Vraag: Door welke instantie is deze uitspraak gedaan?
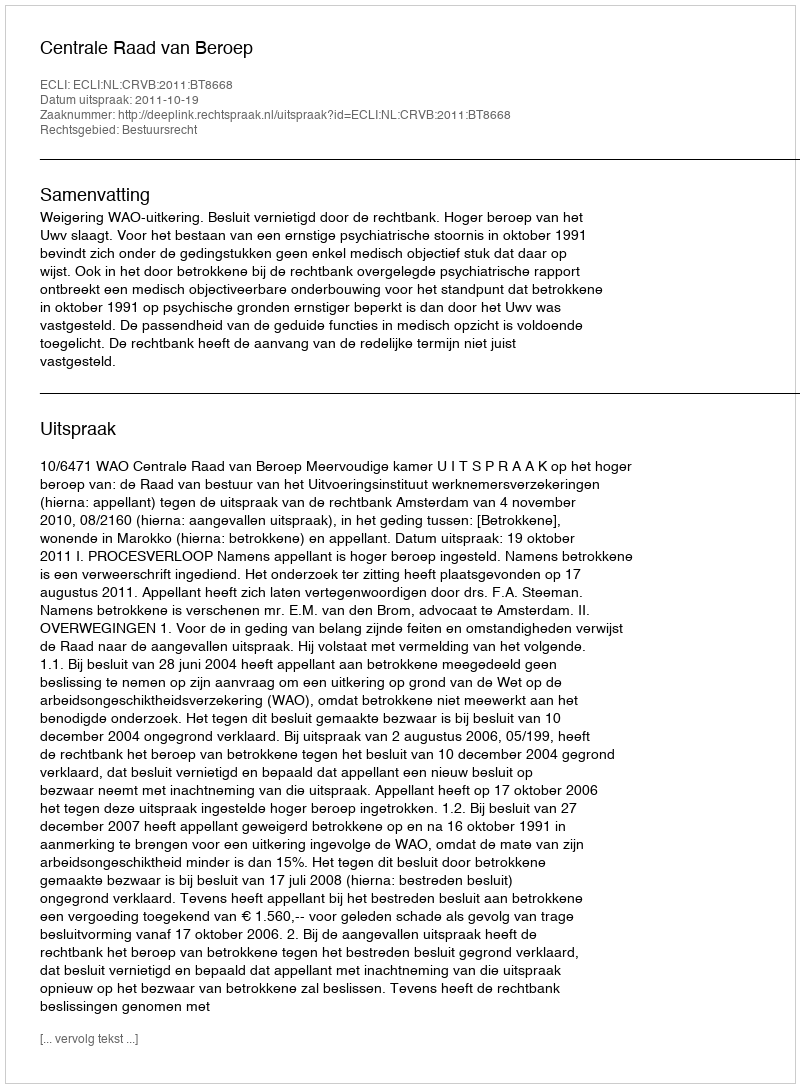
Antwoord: Centrale Raad van Beroep